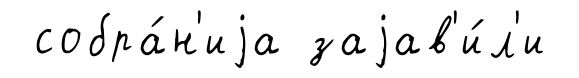
собра́н'иjа заjав'и́л'и